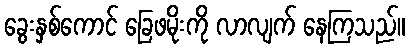
ခွေးနှစ်ကောင် ခြေဖမိုးကို လာလျက် နေကြသည်။